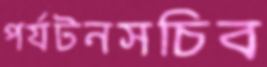
পর্যটনসচিব